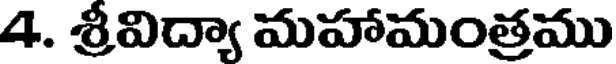
4. శ్రీవిద్యా మహామంత్రము